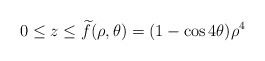
\begin{align*}0\leq z\leq\widetilde{f}(\rho,\theta)=(1-\cos4\theta)\rho^4\end{align*}